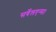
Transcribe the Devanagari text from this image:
सर्वेलएन्स।